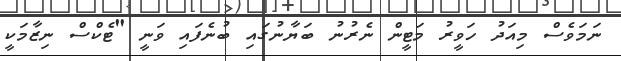
ނަމަވެސް މިއަދު ހަވީރު މަޓީން ނެރުނު ބަޔާނުގައި ބުނެފައި ވަނީ "ޓެކްސް ނިޒާމަކީ